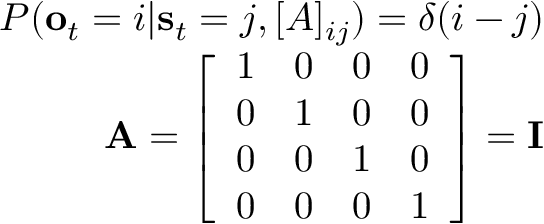
\begin{array} { r } { P ( \mathbf { o } _ { t } = i | \mathbf { s } _ { t } = j , [ A ] _ { i j } ) = \delta ( i - j ) } \\ { \mathbf { A } = \left[ \begin{array} { l l l l } { 1 } & { 0 } & { 0 } & { 0 } \\ { 0 } & { 1 } & { 0 } & { 0 } \\ { 0 } & { 0 } & { 1 } & { 0 } \\ { 0 } & { 0 } & { 0 } & { 1 } \end{array} \right] = \mathbf { I } } \end{array}